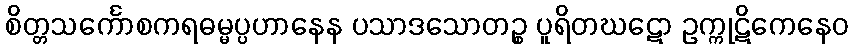
စိတ္တသင်္ကောစကရဓမ္မပ္ပဟာနေန ပသာဒသောတဉ္စ ပူရိတဃဋော ဥက္ကုဋိကေနေဝ